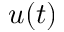
u ( t )